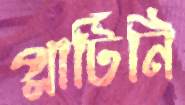
প্লাটিনি